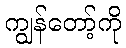
ကျွန်တော့်ကို